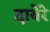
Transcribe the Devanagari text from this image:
दायेरे